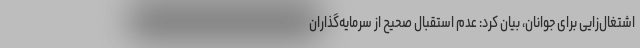
اشتغال‌زایی برای جوانان، بیان کرد: عدم استقبال صحیح از سرمایه‌گذاران